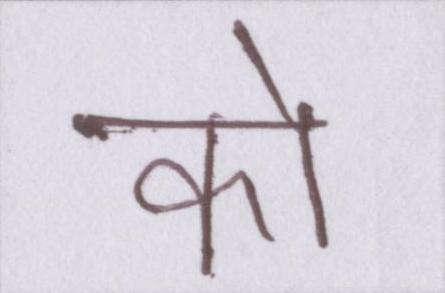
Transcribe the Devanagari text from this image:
केा